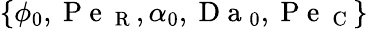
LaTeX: \{ \phi_{0},\mathrm{~P~e~}_{\mathrm{~R~}},\alpha_{0},\mathrm{~D~a~}_{0},\mathrm{~P~e~}_{\mathrm{~C~}}\}